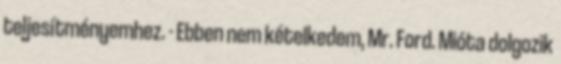
teljesítményemhez. - Ebben nem kételkedem, Mr. Ford. Mióta dolgozik